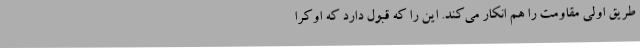
طریق اولی مقاومت را هم انکار می‌کند. این را که قبول دارد که اوکرا